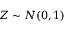
Z \sim N ( 0 , 1 )